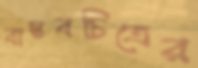
বাস্তবচিত্রের